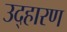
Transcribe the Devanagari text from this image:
उद्हारण